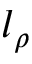
l _ { \rho }